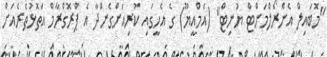
"މޮބައިލް އެންރޯލްމަންޓް ޔުނިޓް" (އެމްއީޔޫ) ގެ އެހީގައި ކުރިއަށްގެންދާ އެ ޕްރޮގްރާމް އަތޮޅުތެރެއަށް